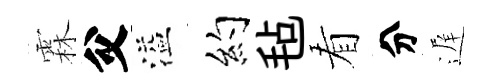
霖父溢约毡看分遅